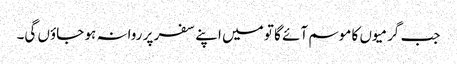
جب گرمیوں کا موسم آئے گا تو میں اپنے سفر پر روانہ ہو جاؤں گی۔